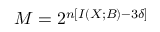
M = 2 ^ { n \left[ I \left( X ; B \right) - 3 \delta \right] }